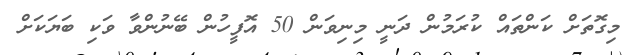
މިގޮތަށް ކަންތައް ކުރަމުން ދަނީ މިނިވަން 50 އޮފީހުން ބޭނުންވާ ވަކި ބަޔަކަށް